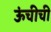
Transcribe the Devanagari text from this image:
ऊंचीची